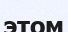
этом